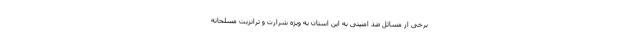
برخی از مسائل ضد امنیتی به این استان به ویژه شرارت و ترانزیت مسلحانه